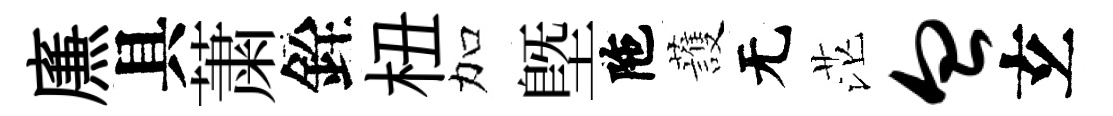
㢘具䔥銓杻加塈陁䕶无茫血𤣥